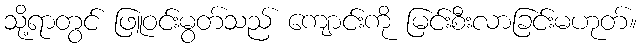
သို့ရာတွင် ဖြူဝင်းမွတ်သည် ကျောင်းကို မြင်းစီးလာခြင်းမဟုတ်။